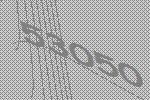
53050